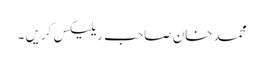
محمدخان صاحب ریلیکس کریں ۔